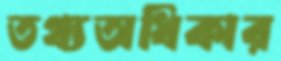
তথ্যঅধিকার